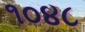
૧૦૪૮